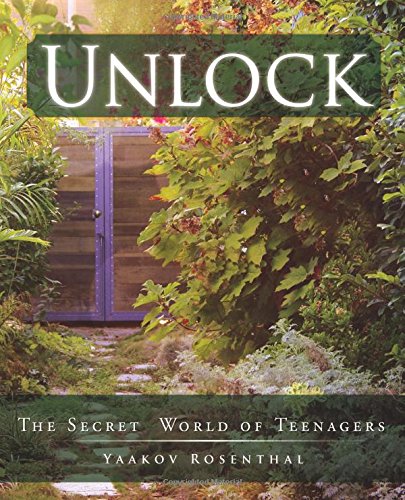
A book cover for Unlock: The Secret World of Teenagers; Mr Yaakov Rosenthal; Self-Help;